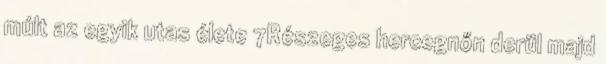
múlt az egyik utas élete 7Részeges hercegnőn derül majd